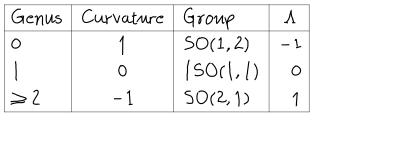
\begin{array} { | l | c | l | c | } \hline { { \mathrm { G e n u s } } } & { { \mathrm { C u r v a t u r e } } } & { { \mathrm { G r o u p } } } & { { \Lambda } } \\ \hline { { 0 } } & { { 1 } } & { { S O ( 1 , 2 ) } } & { { - 1 } } \\ { { 1 } } & { { 0 } } & { { I S O ( 1 , 1 ) } } & { { \, \, \, \, 0 } } \\ { { \geq 2 } } & { { - 1 } } & { { S O ( 2 , 1 ) } } & { { \, \, \, \, 1 } } \\ \hline { { } } \\ \end{array}